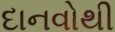
દાનવોથી